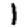
Digit: 1